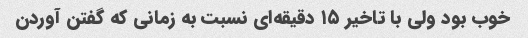
خوب بود ولی با تاخیر ۱۵ دقیقه‌ای نسبت به زمانی که گفتن آوردن